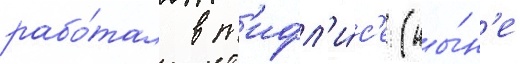
рабо́тал в т'ифл'и́с'е (ны́н'е